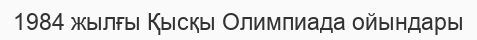
1984 жылғы Қысқы Олимпиада ойындары